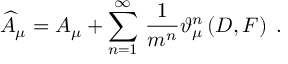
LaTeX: \widehat { A } _ { \mu } = A _ { \mu } + \sum _ { n = 1 } ^ { \infty } \, \frac 1 { m ^ { n } } \vartheta _ { \mu } ^ { n } \left( D , F \right) \; .